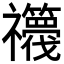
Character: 𮂫